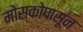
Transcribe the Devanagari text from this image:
मोस्कोपासून